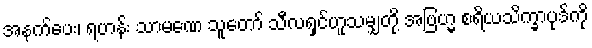
အနက်ပေး၊ ရဟန်း သာမဏေ သူတော် သီလရှင်ဟူသမျှတို့ အဗြဟ္မ စရိယသိက္ခာပုဒ်ကို